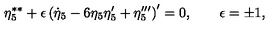
\eta _ { 5 } ^ { \ast \ast } + \epsilon \left( \dot { \eta } _ { 5 } - 6 \eta _ { 5 } \eta _ { 5 } ^ { \prime } + \eta _ { 5 } ^ { \prime \prime \prime } \right) ^ { \prime } = 0 , \qquad \epsilon = \pm 1 ,